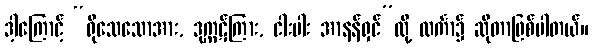
ဒါ့ကြောင့် “ရိုသေသောအား, ဒုက္ကဋ်ကြား, ငါးပါး အာနန်ရှင်”လို့ လင်္ကာ၌ ဆိုတာဖြစ်ပါတယ်။